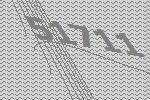
51711